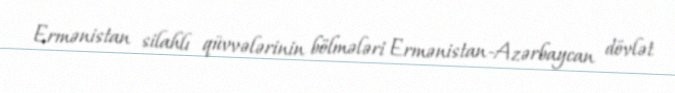
Ermənistan silahlı qüvvələrinin bölmələri Ermənistan-Azərbaycan dövlət